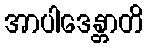
အာပါဒေန္တာတိ